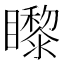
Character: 𥌛